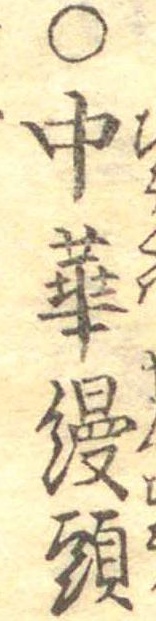
○中華饅頭